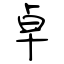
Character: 卓